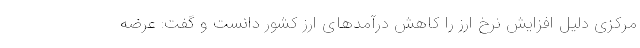
مرکزی دلیل افزایش نرخ ارز را کاهش درآمدهای ارز کشور دانست و گفت: عرضه